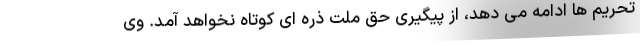
تحریم ها ادامه می دهد، از پیگیری حق ملت ذره ای کوتاه نخواهد آمد. وی